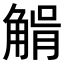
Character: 𧤉